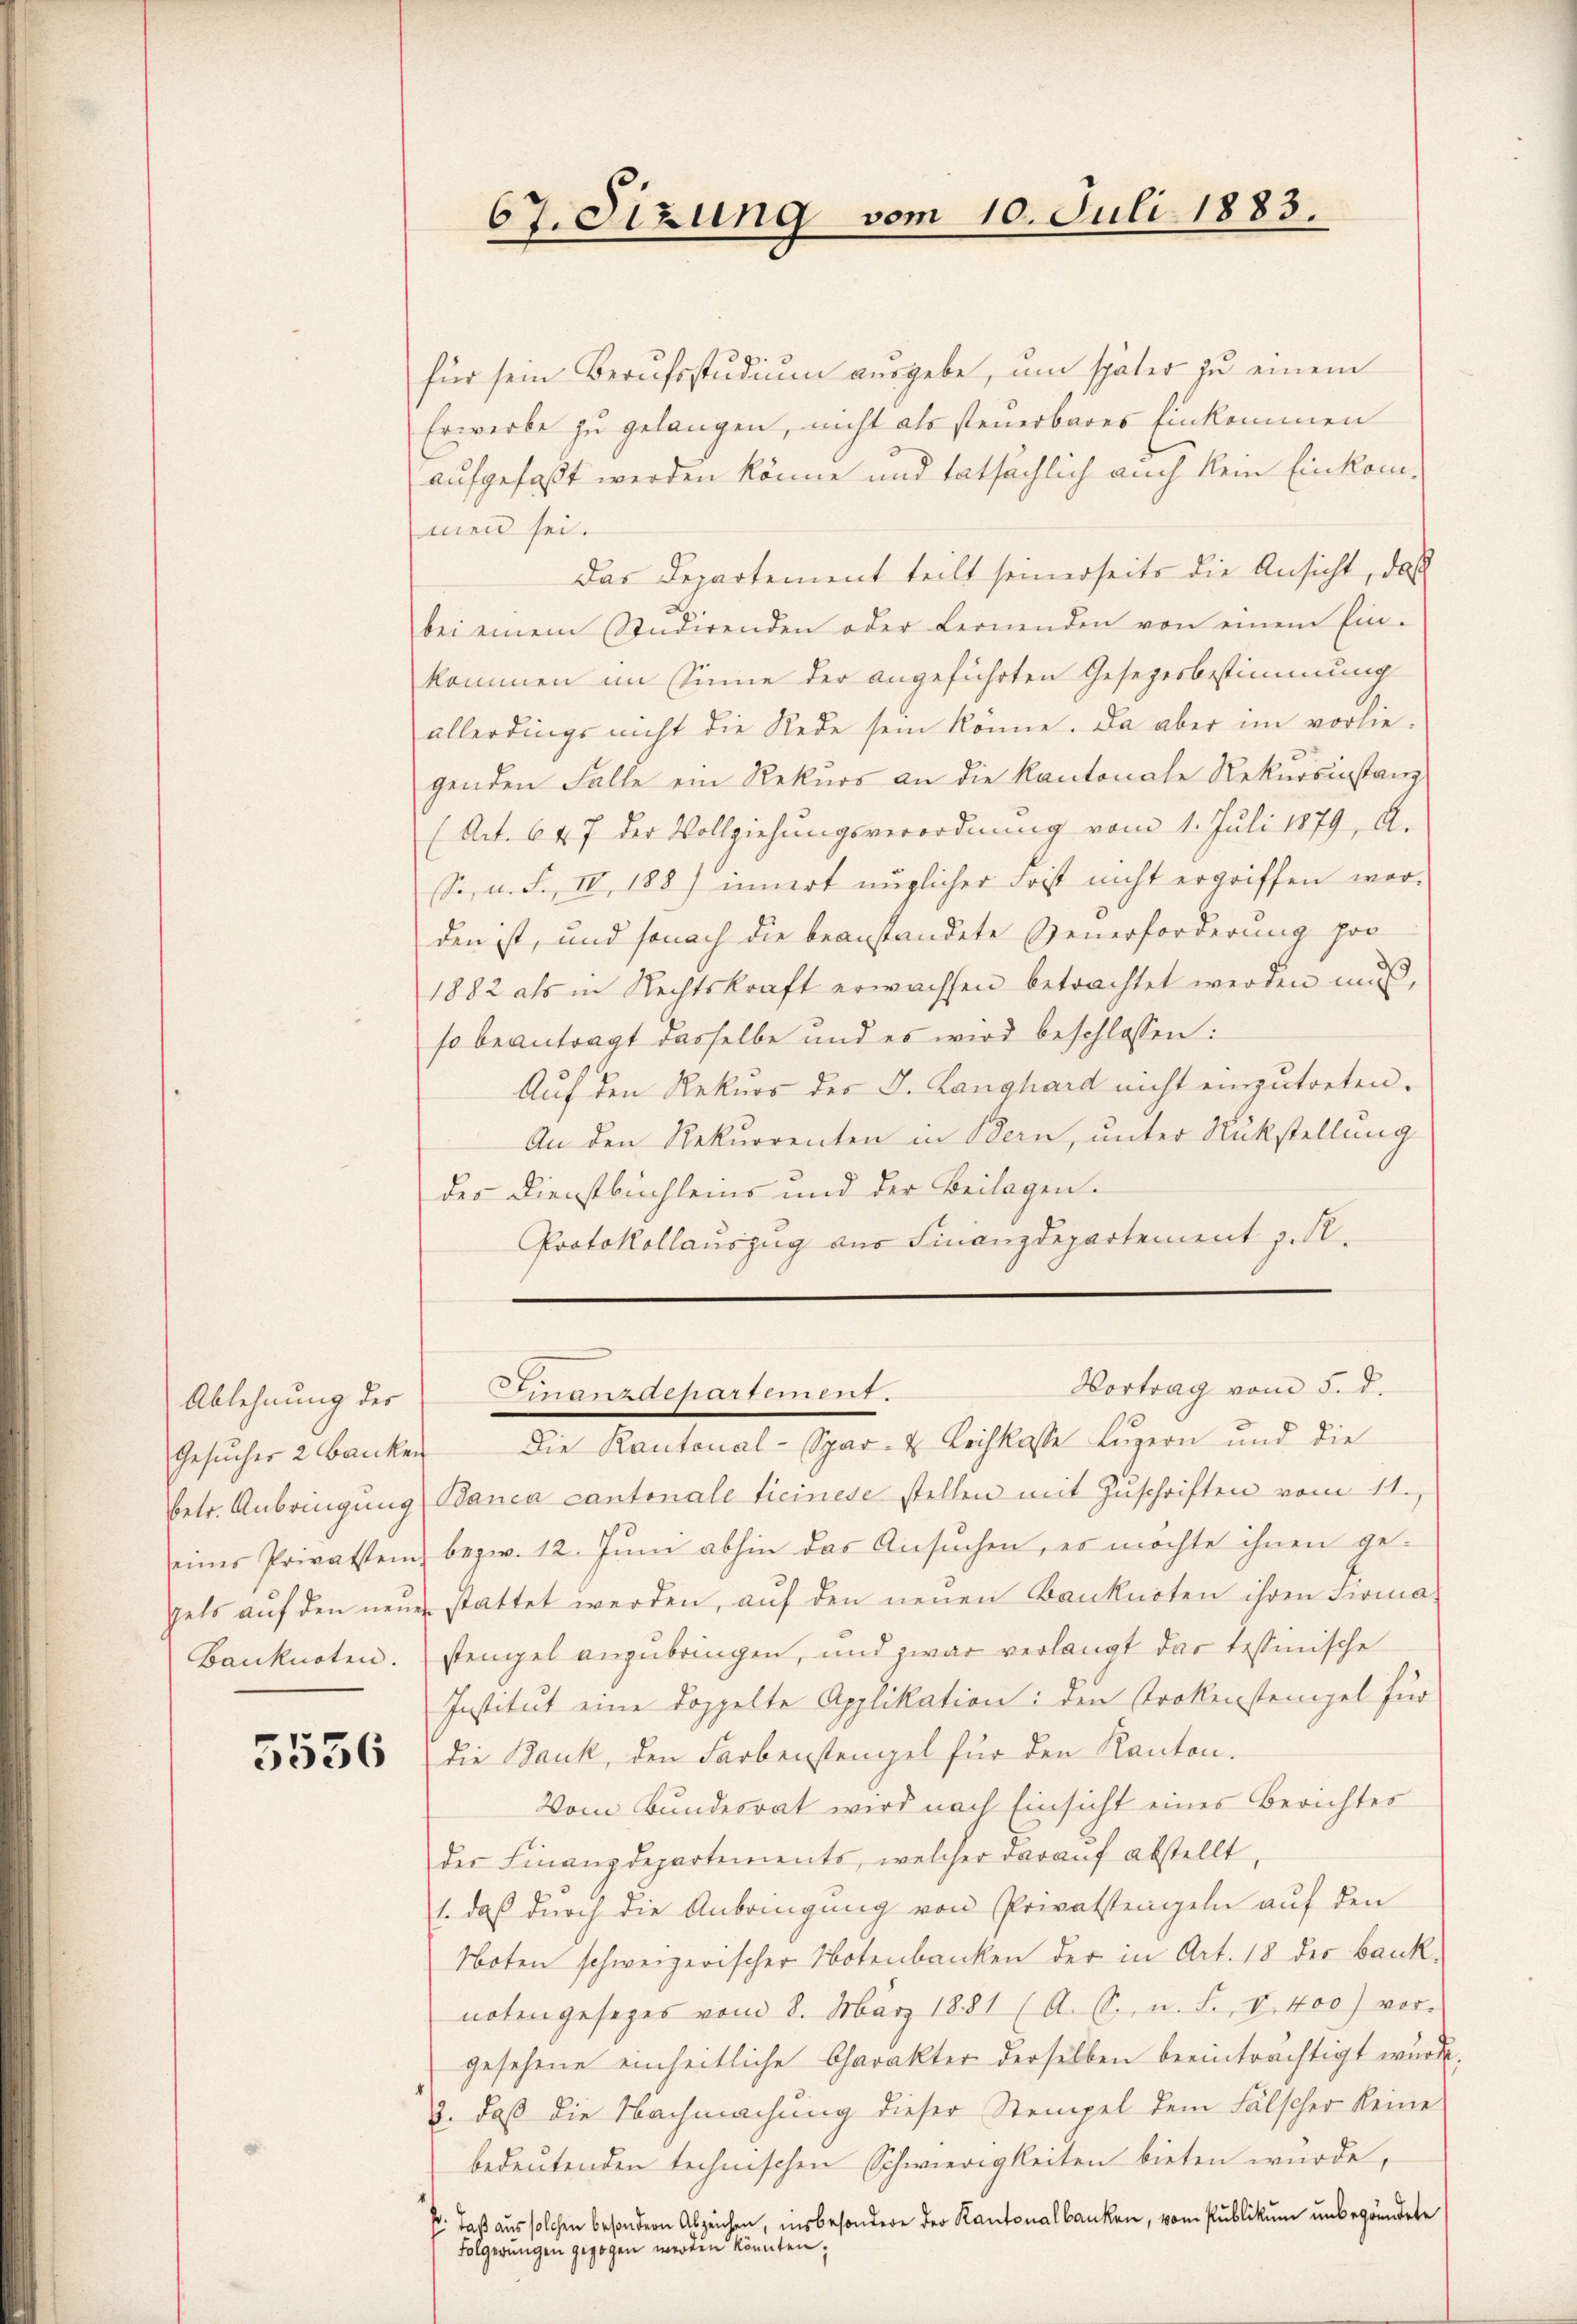
Ablehnung des

5536

67. Sizung vom 10. Juli 1883.

für sein Berufsstudium ausgebe, um später zu einem
Erwerbe zu gelangen, nicht als steuerbares Einkommen
aufgefaßt werden könne und tatsächlich auch kein Einkommen sei.
Das Departement teilt seinerseits die Ansicht, das
bei einem Studirenden oder Fernenden von einem Einkommen im Sinne der angeführten Gesezesbestimmung
allerdings nicht die Rede sein könne. Da aber im vorlie-
genden Falle ein Rekurs an die Kantonale Rekursinstanz
(Art. 647 der Vollziehungsverordnung vom 1. Juli 1879, A.
So, n. F. II, 188) innert nüglicher Frist nicht ergriffen wer-
den ist, und sonach die beanstandete Generforderung soo
1882 als in Rechtskraft erwachsen betrachtet werden muß,
so beantragt dasselbe und es wird beschlossen:
Auf den Rekurs des J. Langhard nicht einzutreten.
An den Rekurrenten in Bern, unter Rückstellung
des Dienstbuchleins und der Beilagen.
Protokollauszug aus Finanzdepartement z. R.

Vortrag vom 5. d.
Finanzdepartement.

Gesŭcher 2 Banken die Kantonal-Spar- u Leihkasse Lŭzern und die
betr. Anbringung Banca cantonale Ticinese stellen mit Zuschriften vom 11.
eines Privatstem bezw. 12. Jŭni abhin das Ansŭchen, es möchte ihnen ge-
gets aŭf den neŭe stattet werden, aŭf den neŭen Banknoten ihren Firma-
Banknoten. Stempel anzubringen, und zwar verlangt das tessinische
Institut eine doppelte Applikation: den Strokensteigel für
die Bauk, den Farbenstengel für den Kanton.
Vom Bundesrat wird nach Einsicht eines Berichtes
der Finanzdepartements, welcher daraŭf abstellt
1., daß durch die Anbringung von Privatstengeln auf den
Noten schweizerischer Notenbanken der in Art. 18 der Bank-
noten gesezes vom 8. März 1881 (A. S. n. F. VI. 400) vor-
gesehene einheitliche Charakter derselben beeinträchtigt wurde.
¬
2. daß die Nachmachung dieser Stempel dem Fälscher keine
bedeutenden technischen Schwierigkeiten bieten würde,
p: daß aus solchen besondern Abzeichen, insbesondere der Kantonalbanken, vom Publikum unbegründete
Folgerungen gezogen werden könnten;